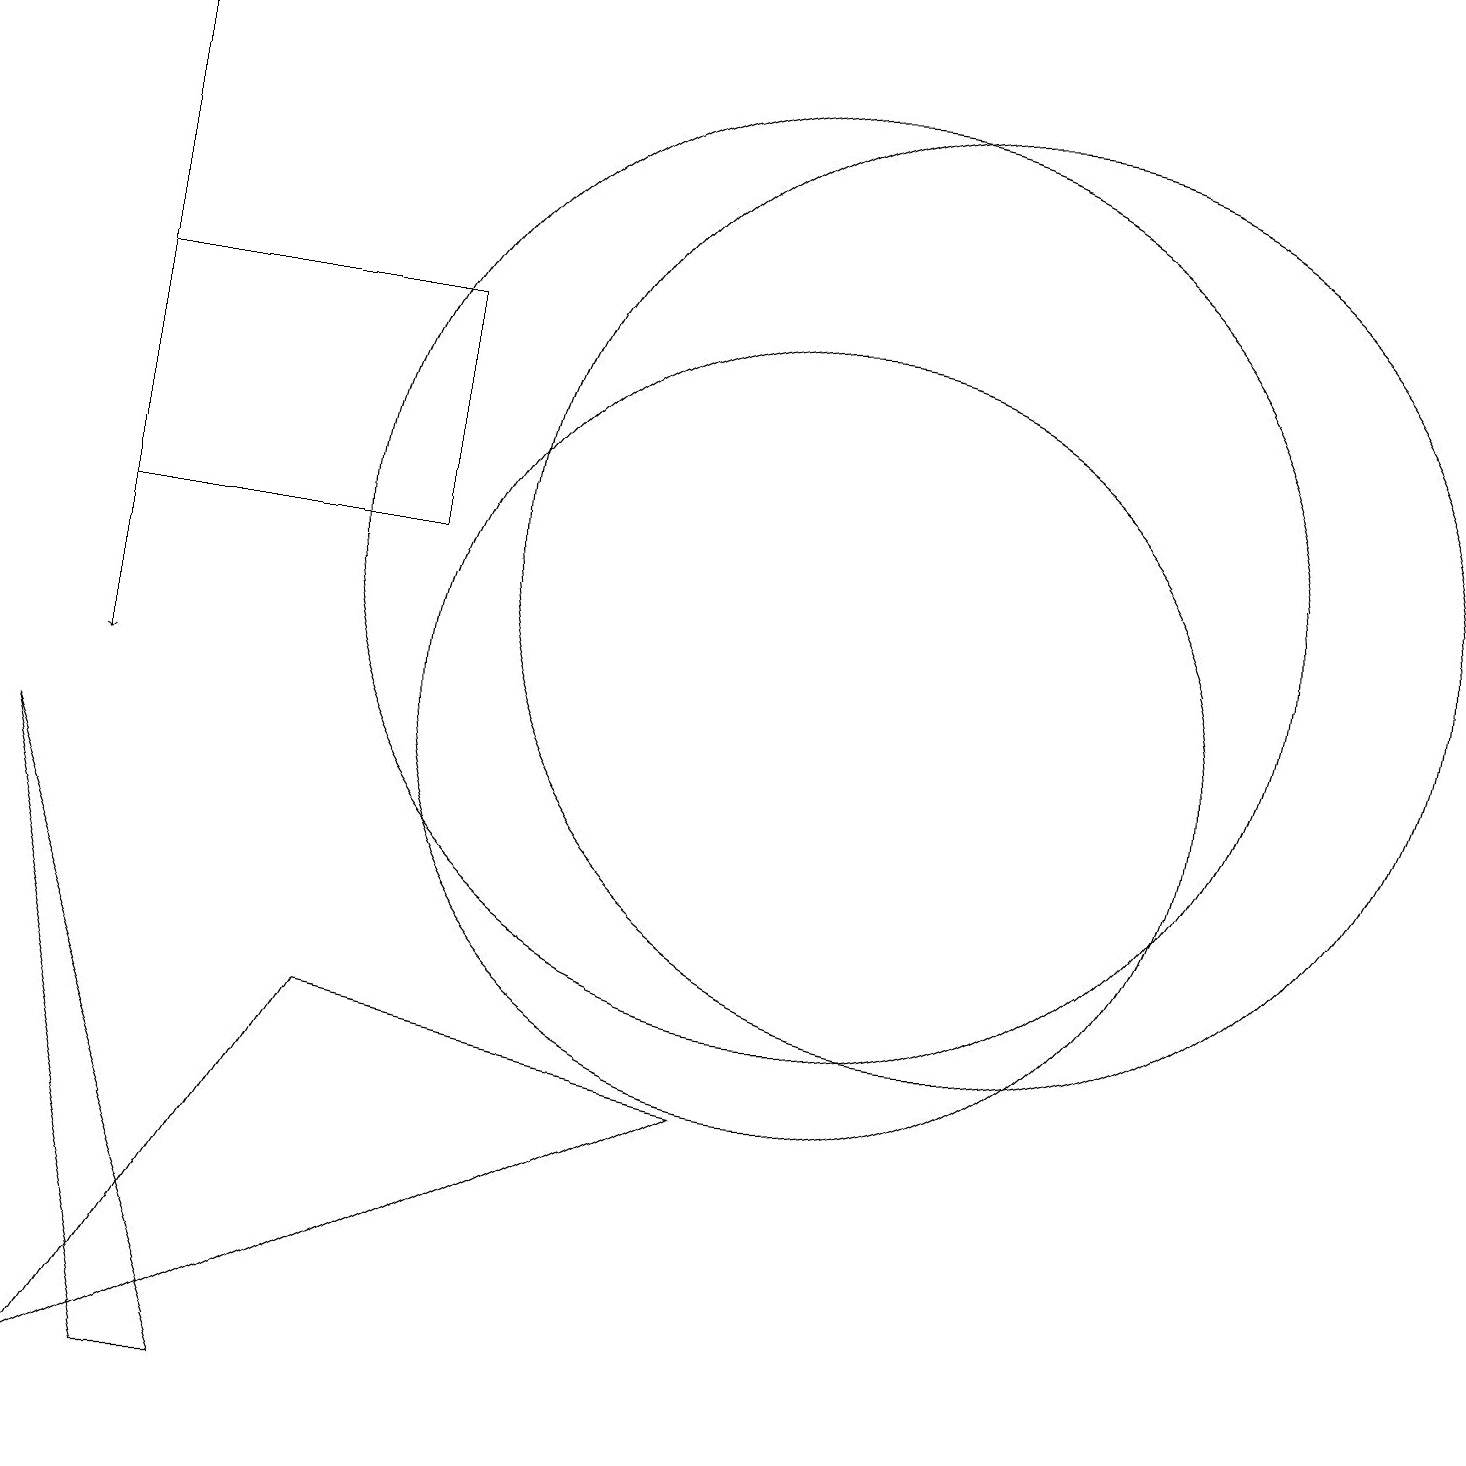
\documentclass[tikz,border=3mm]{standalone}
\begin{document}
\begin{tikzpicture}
\draw (10,12) circle (6);
\draw (12,12) circle (6);
\draw (5,12) rectangle (1,15);
\draw (1,1) -- (9,5) -- (4,6) -- cycle;
\draw[->] (1,19) -- (1,10);
\draw (10,10) circle (5);
\draw (2,1) -- (3,1) -- (0,9) -- cycle;
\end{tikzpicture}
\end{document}